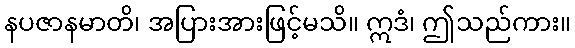
နပဇာနမာတိ၊ အပြားအားဖြင့်မသိ။ ဣဒံ၊ ဤသည်ကား။